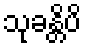
သုခန္တိပိ